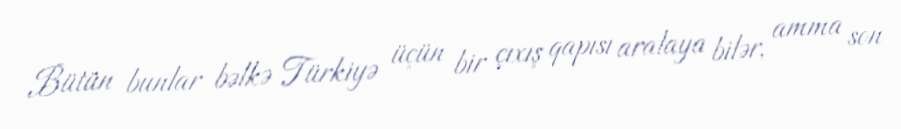
Bütün bunlar bəlkə Türkiyə üçün bir çıxış qapısı aralaya bilər, amma son